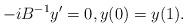
LaTeX: \begin{align*} -iB^{-1}y'=0, y(0)=y(1).\end{align*}